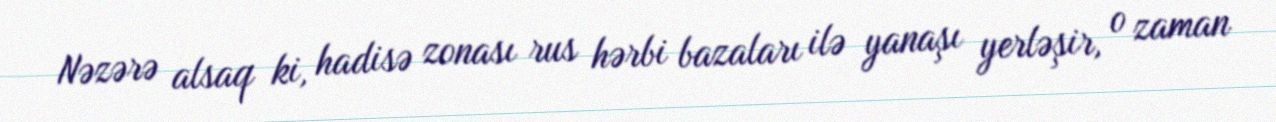
Nəzərə alsaq ki, hadisə zonası rus hərbi bazaları ilə yanaşı yerləşir, o zaman